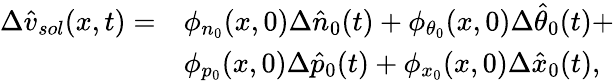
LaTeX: \begin{array}{rl}{\Delta\hat{v}_{sol}(x,t)=}&{\phi_{n_{0}}(x,0)\Delta\hat{n}_{0}(t)+\phi_{\theta_{0}}(x,0)\Delta\hat{\theta}_{0}(t)+}\\ &{\phi_{p_{0}}(x,0)\Delta\hat{p}_{0}(t)+\phi_{x_{0}}(x,0)\Delta\hat{x}_{0}(t),}\end{array}